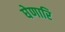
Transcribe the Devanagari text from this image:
घेणारि